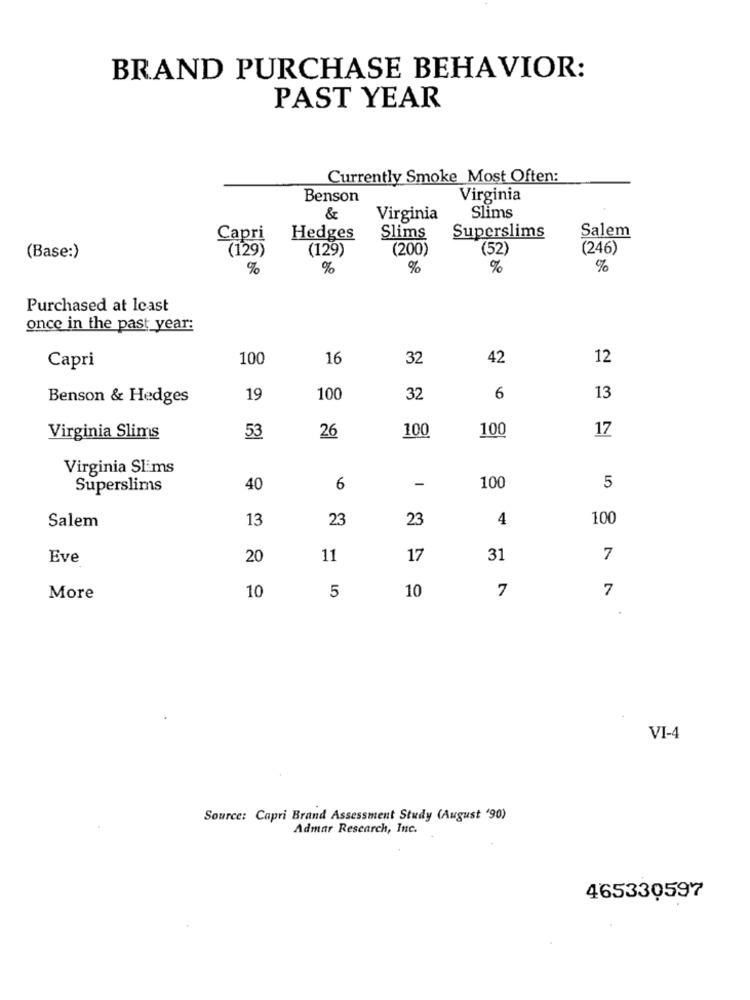
BRAND PURCHASE BEHAVIOR:
PAST YEAR
Currently Smoke Most Often:
Benson
Virginia
&
Virginia
Slims
Salem
Capri
Hedges
Slims
Superslims
(129)
(129)
(200)
(52)
(246)
(Base:)
%
%
%
%
%
Purchased at least
once in the past year:
100
16
32
42
12
Capri
Benson & Hedges
19
100
32
6
13
26
100
17
Virginia Slims
53
100
Virginia Slims
-
5
Superslims
40
6
100
13
23
23
4
100
Salem
Eve
20
11
17
31
7
10
10
7
7
More
5
VI-4
Source: Capri Brand Assessment Study (August '90)
Admar Rescarch, Inc.
465330597